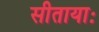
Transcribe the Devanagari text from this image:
सीतायाः